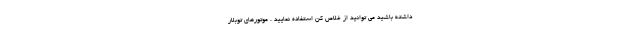
داشته باشید می توانید از خلاص کن استفاده نمایید . موتورهای توبلار